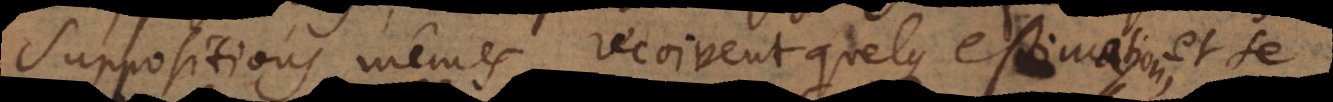
suppositions mêmes recoivent quelque estimation e